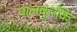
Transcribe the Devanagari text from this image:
पालकुर्रकि